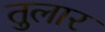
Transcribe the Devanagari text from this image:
तुलार